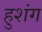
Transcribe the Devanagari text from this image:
हुशंग